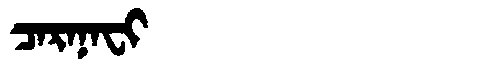
Manchu: ᠴᠠᡵᠠᠨᠠᠸᡳ
Romanization: CARANAFI